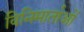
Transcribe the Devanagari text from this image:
विनिमार्ताओं